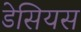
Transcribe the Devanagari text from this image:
डेसियस